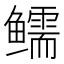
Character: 𱈗